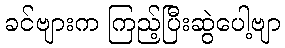
ခင်ဗျားက ကြည့်ပြီးဆွဲပေါ့ဗျာ